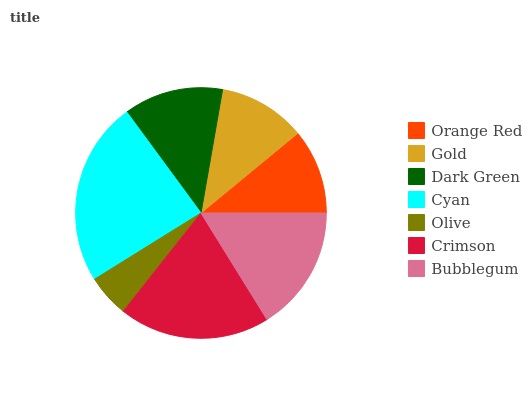
| Orange Red | Gold | Dark Green | Cyan | Olive | Crimson | Bubblegum |
 | --- | --- | --- | --- | --- | --- | --- |
 | 11% | 11.3% | 12.9% | 23.7% | 5.49% | 19.4% | 16.2% |